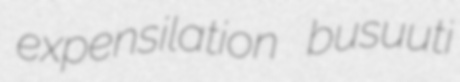
expensilation busuuti